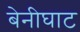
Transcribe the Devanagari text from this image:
बेनीघाट